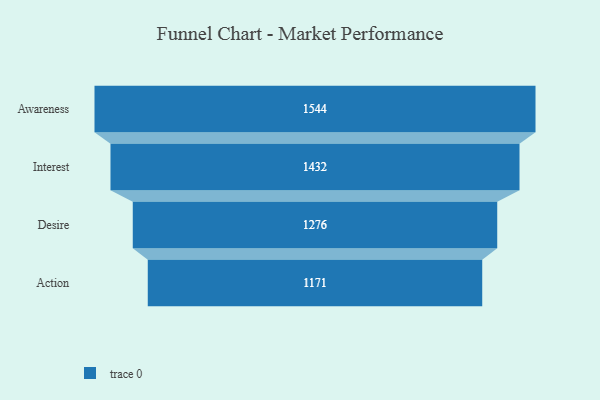
{"axis": {"x": "Stage", "y": "Value"}, "legend": [""], "data": [{"x": "Awareness", "y": 1544.0, "type": ""}, {"x": "Interest", "y": 1432.0, "type": ""}, {"x": "Desire", "y": 1276.0, "type": ""}, {"x": "Action", "y": 1171.0, "type": ""}]}